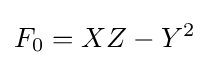
F_{0}=XZ-Y^{2}